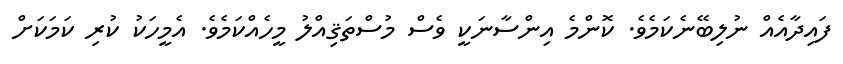
ފައިދާއެއް ނުލިބޭނެކަމެވެ. ކޮންމެ އިންސާނަކީ ވެސް މުސްތަޤިއްލު މީހެއްކަމެވެ. އެމީހަކު ކުރި ކަމަކަށް